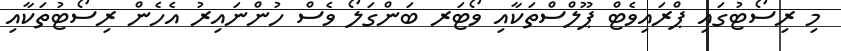
މި ރިސޯޓުގައި ޕްރައިވެޓް ޕޫލްސްތަކާއި ވޯޓަރ ބަންގަލޯ ވެސް ހުންނައިރު އެހެން ރިސޯޓުތަކާއި